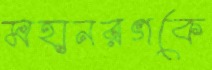
মহানরগকে